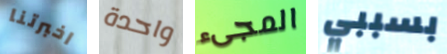
اخبرتنا واحدة المجىء بسببي